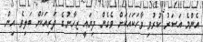
އެންމެ އަސަރު ކުރުވި ވާހަކައަކަށް ވެގެން ދިޔައީ ޒިހާނުގެ ދަރިއަކަށް ބަލިވެ އިން